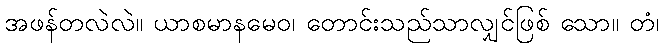
အဖန်တလဲလဲ။ ယာစမာနမေဝ၊ တောင်းသည်သာလျှင်ဖြစ် သော။ တံ၊